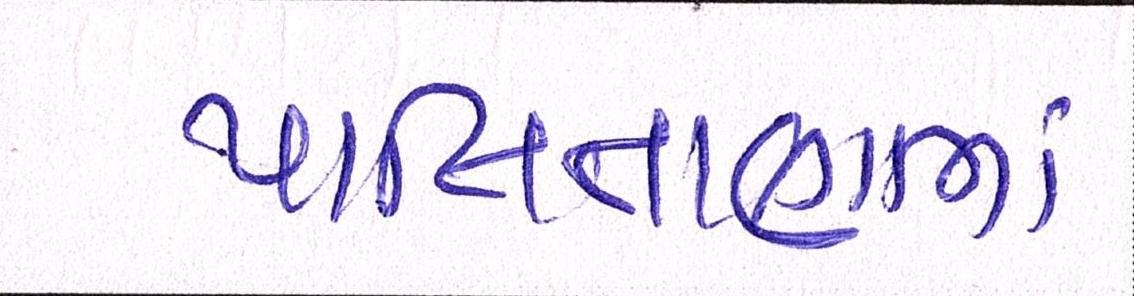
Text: પાલિતાણામાં